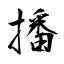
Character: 播